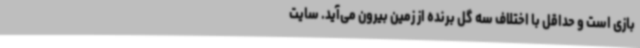
بازی است و حداقل با اختلاف سه گل برنده از زمین بیرون می‌آید. سایت